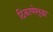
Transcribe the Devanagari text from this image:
ठिकाणेसुद्धा